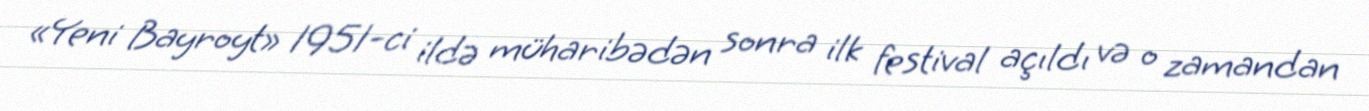
«Yeni Bayroyt» 1951-ci ildə müharibədən sonra ilk festival açıldı və o zamandan